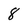
Character: 8